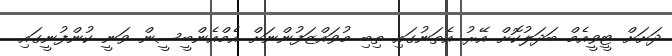
ދަށަށް ޓީވީއެމް ބަދަލުކޮށް އޭރު އެތަނުގައި ތިބި މުވައްޒަފުންނަށް އެމްއެންބީސީން ވަނީ ކުންފުނީގައި